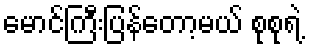
မောင်ကြီးပြန်တော့မယ် စုစုရဲ့